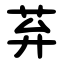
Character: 䒪